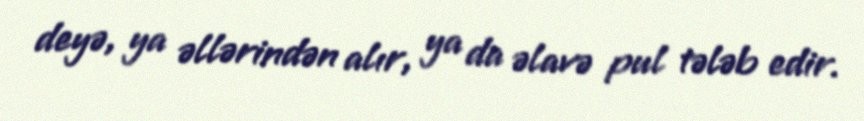
deyə, ya əllərindən alır, ya da əlavə pul tələb edir.